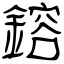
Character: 鎔